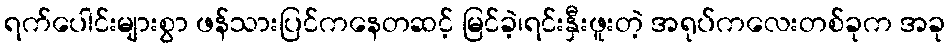
ရက်ပေါင်းများစွာ ဖန်သားပြင်ကနေတဆင့် မြင်ခဲ့၊ရင်းနှီးဖူးတဲ့ အရုပ်ကလေးတစ်ခုက အခု